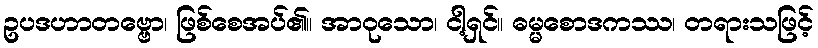
ဥပဒဟာတဗ္ဗော၊ ဖြစ်စေအပ်၏။ အာဝုသော၊ ငါ့ရှင်။ ဓမ္မစောဒကဿ၊ တရားသဖြင့်